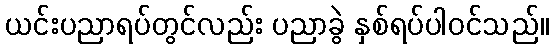
ယင်းပညာရပ်တွင်လည်း ပညာခွဲ နှစ်ရပ်ပါဝင်သည်။